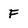
Character: F